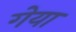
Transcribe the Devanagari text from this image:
गेया